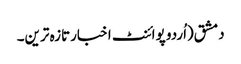
دمشق(اُردو پوائنٹ اخبارتازہ ترین۔